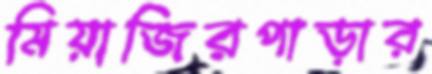
মিয়াজিরপাড়ার